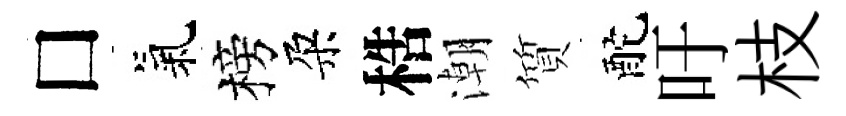
□氣榜朶梏潮質酡吁枝